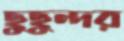
ছুছুন্দর